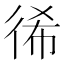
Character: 𢓬